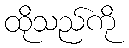
ထိုသည်ကို